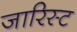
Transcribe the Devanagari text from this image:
जारिस्ट